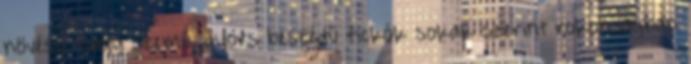
növésű, nagy szemű, gyors beszédű fickók sokak szerint rokonságban